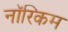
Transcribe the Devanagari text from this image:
नॉरिकम